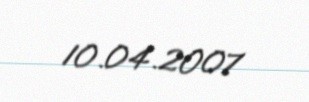
10.04.2007